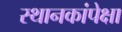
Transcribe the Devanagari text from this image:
स्थानकांपेक्षा